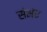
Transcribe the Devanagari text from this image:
संभंध